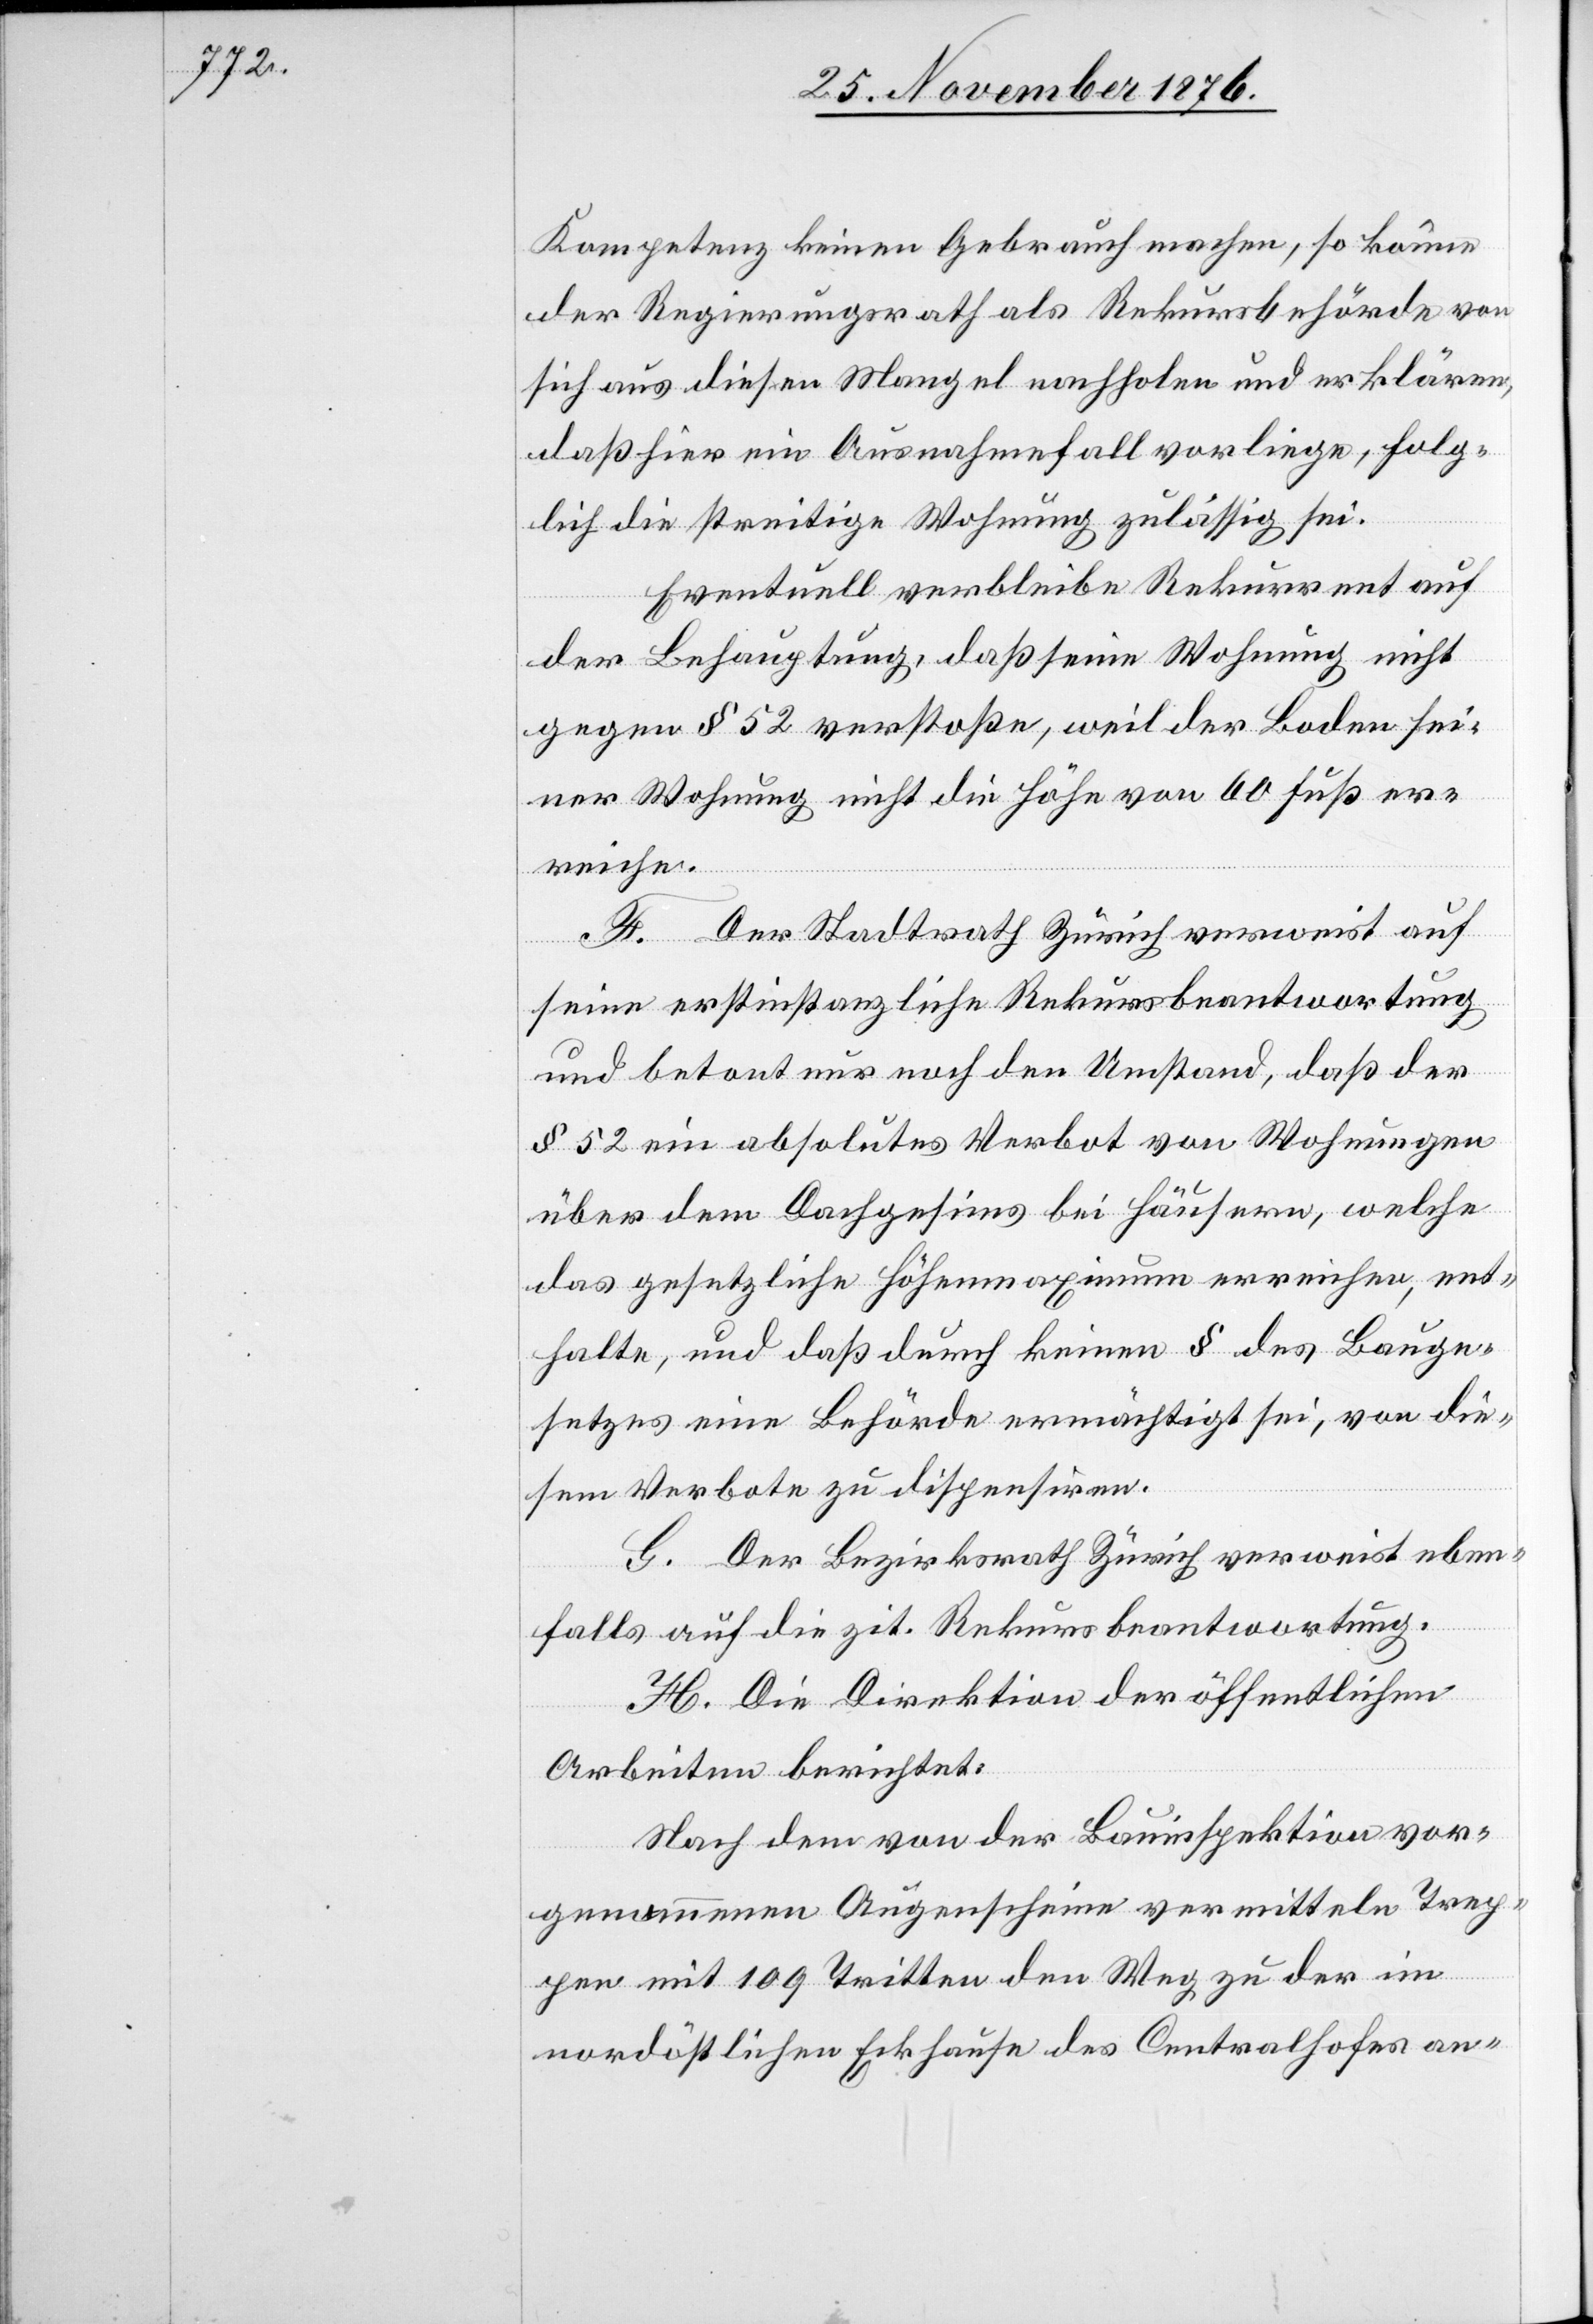
Kompetenz keinen Gebrauch machen, so könne
der Regierungsrath als Rekursbehörde von
sich aus diesen Mangel nachholen und erklären,
daß hier ein Ausnahmefall vorliege, folg¬
lich die streitige Wohnung zulässig sei.
Eventuell verbleibe Rekurrent auf
der Behauptung, daß seine Wohnung nicht
gegen § 52 verstoße, weil der Boden sei¬
ner Wohnung nicht die Höhe von 60 Fuß er¬
reiche.
F. Der Stadtrath Zürich verweist auf
seine erstinstanzliche Rekursbeantwortung
und betont nur noch den Umstand, daß der
§ 52 ein absolutes Verbot von Wohnungen
über dem Dachgesims bei Häusern, welche
das gesetzliche Höhenmaximum erreichen, ent¬
halte, und daß durch keinen § des Bauge¬
setzes eine Behörde ermächtigt sei, von die¬
sem Verbote zu dispensiren.
G. Der Bezirksrath Zürich verweist eben¬
falls auf die zit. Rekursbeantwortung.
H. Die Direktion der öffentlichen
Arbeiten berichtet:
Nach dem von der Bauinspektion vor¬
genommenen Augenscheine vermitteln Trep¬
pen mit 109 Tritten den Weg zu der im
nordöstlichen Eckhause des Centralhofes an-